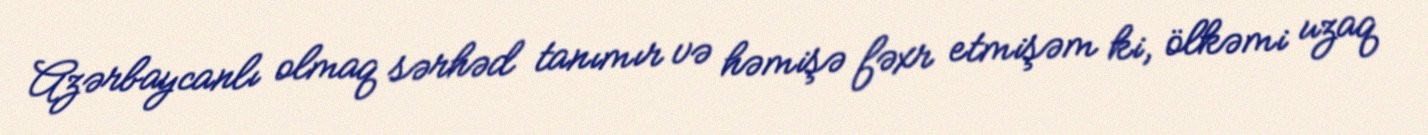
Azərbaycanlı olmaq sərhəd tanımır və həmişə fəxr etmişəm ki, ölkəmi uzaq